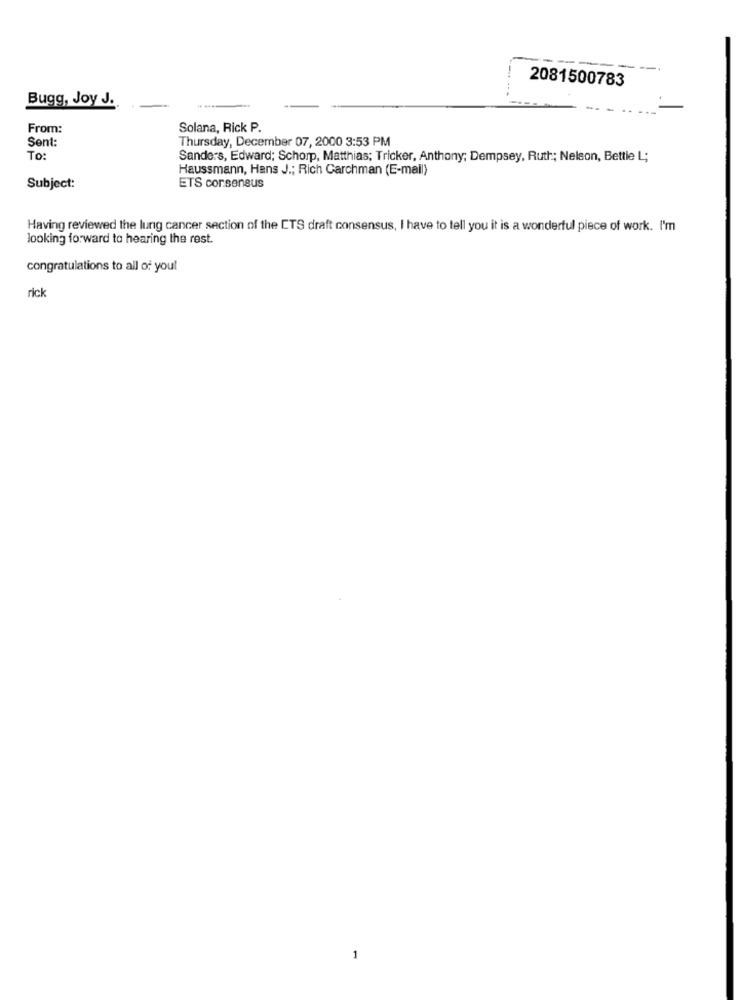
2081500783
Bugg, Joy J.
From:
Solana, Rick P.
Sent:
Thursday, December 07, 2000 3:53 PM
To:
Sanders, Edward; Schorp, Matthias; Tricker, Anthony; Dempsey, Ruth; Nelson, Bettie L;
Haussmann, Hans J .; Rich Carchman (E-mail)
Subject:
ETS consensus
Having reviewed the lung cancer section of the CTS draft consensus, I have to tell you it is a wonderful piece of work. I'm
looking forward to hearing the rest.
congratulations to all of yout
rick
1